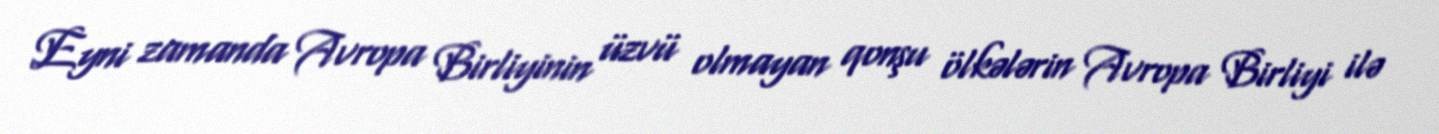
Eyni zamanda Avropa Birliyinin üzvü olmayan qonşu ölkələrin Avropa Birliyi ilə